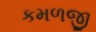
કમળજી